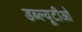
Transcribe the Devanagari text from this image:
डब्‍ल्‍यूटीओ